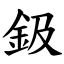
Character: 鈒